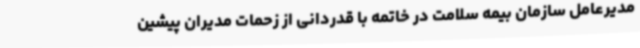
مدیرعامل سازمان بیمه سلامت در خاتمه با قدردانی از زحمات مدیران پیشین